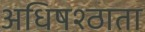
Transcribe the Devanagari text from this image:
अधिषश्ठाता